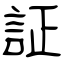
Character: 証